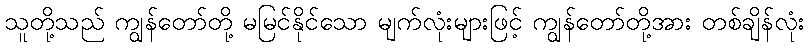
သူတို့သည် ကျွန်တော်တို့ မမြင်နိုင်သော မျက်လုံးများဖြင့် ကျွန်တော်တို့အား တစ်ချိန်လုံး